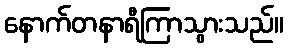
နောက်တနာရီကြာသွားသည်။